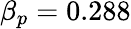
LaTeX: \beta_{p}=0.288